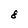
Character: 8